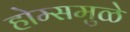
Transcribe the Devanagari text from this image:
होम्समुळे